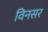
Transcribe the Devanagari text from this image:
विनसर